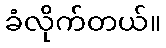
ခံလိုက်တယ်။